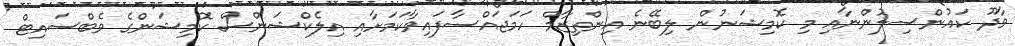
ވާދޫ ކައުންސިލުންނާއި މި ކޮމިޝަނުން ލިބޭނެ އިންތިޒާމް ހަމަޖައްސާފައިވާކަމަށާއި އިލެކްޝަންސް ކޮމިޝަންގެ ވެބްސައިޓް